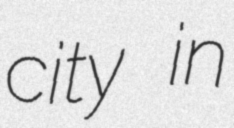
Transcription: city in